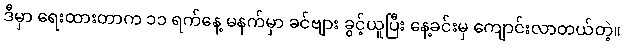
ဒီမှာ ရေးထားတာက ၁၁ ရက်နေ့ မနက်မှာ ခင်ဗျား ခွင့်ယူပြီး နေ့ခင်းမှ ကျောင်းလာတယ်တဲ့။